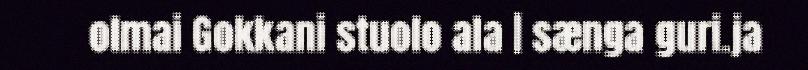
olmai Gokkani stuolo ala | sænga guri.ja